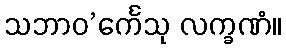
သဘာဝ’င်္ကေသု လက္ခဏံ။